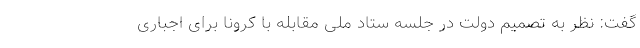
گفت: نظر به تصمیم دولت در جلسه ستاد ملی مقابله با کرونا برای اجباری